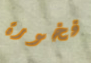
فخورة